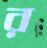
র